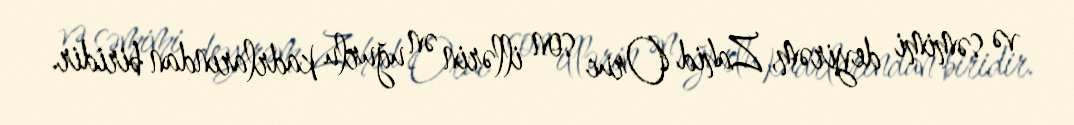
və səmimi deyirəm, Zahid Oruc son illərin ən uğurlu kadrlarından biridir.